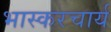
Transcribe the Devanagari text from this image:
भास्करचार्य